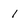
Character: 1